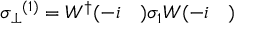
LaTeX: { \sigma _ { \perp } } ^ { ( 1 ) } = W ^ { \dag } ( - i \mathrm { \boldmath ~ \nabla ~ } ) \sigma _ { 1 } W ( - i \mathrm { \boldmath ~ \nabla ~ } ) \nonumber